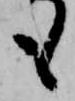
も